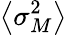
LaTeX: \left\langle\sigma_{M}^{2}\right\rangle